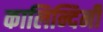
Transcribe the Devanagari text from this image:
कालिन्दिनी